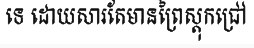
ទេ ដោយសារតែមានព្រៃស្តុកជ្រៅ